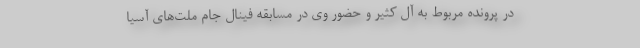
در پرونده مربوط به آل کثیر و حضور وی در مسابقه فینال جام ملت‌های آسیا